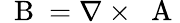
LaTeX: \mathrm{~\mathbf~B~}=\nabla\times\mathrm{~\mathbf~A~}